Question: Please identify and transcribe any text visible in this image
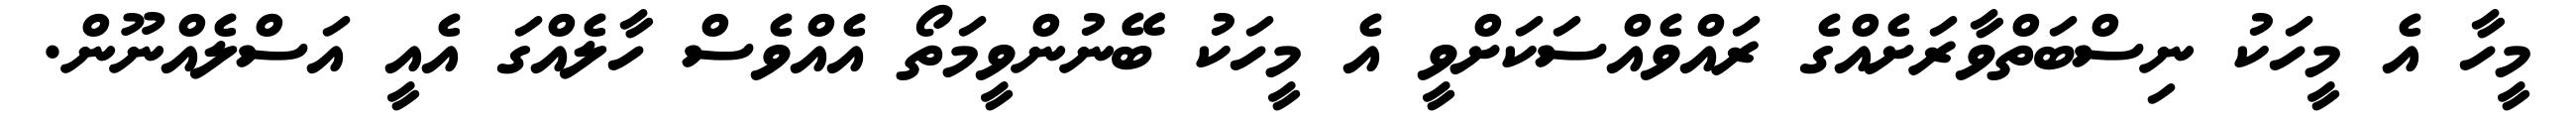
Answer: މީހާ އެ މީހަކު ނިސްބަތްވާރަށެއްގެ ރައްވެއްސަކަށްވީ އެ މީހަކު ބޭނުންވީމަތޯ އެއްވެސް ހާލެއްގަ އެއީ އަސްލެއްނޫން.